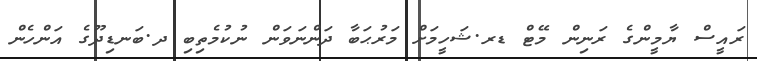
ރައީސް ޔާމީންގެ ރަނިން މޭޓް ޑރ.ޝަހީމަށް މަރުޙަބާ ދަންނަވަން ނުކުމެތިބި ދ.ބަނޑިދޫގެ އަންހެން